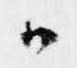
候